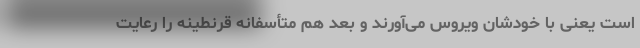
است یعنی با خودشان ویروس می‌آورند و بعد هم متأسفانه قرنطینه را رعایت